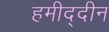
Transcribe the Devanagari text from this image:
हमीद्दीन